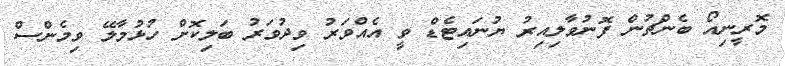
މޮރީނިއޯ ބެންޗުން ފޮނުވާލިއިރު ޔުނައިޓެޑް ވީ އެއްވަރު ވިދުވަރު ބަލިކޮށް ހުޅުމާލޭ ވިމެންސް